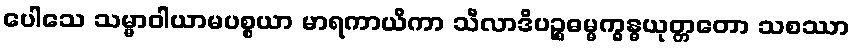
ပေါသေ သမ္မာဝါယာမပစ္စယာ မာရကာယိကာ သီလာဒိပဉ္စဓမ္မက္ခန္ဓယုတ္တတော သစဿာ